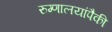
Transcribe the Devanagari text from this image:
रुग्णालयांपैकी